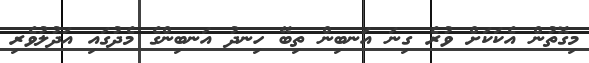
މިގޮތުން އެކަކަށް ވުރެ ގިނަ އަނބިން ތިބޭ ހިނދު އަނބިންގެ މެދުގައި އަދުލުވެރި